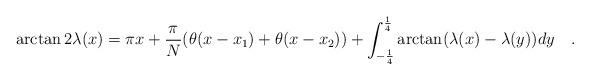
LaTeX: \begin{align*}\arctan 2\lambda(x)=\pi x+\frac{\pi}{N}(\theta(x-x_1)+\theta(x-x_2)) + \int_{-\frac{1}{4}}^{\frac{1}{4}}\arctan(\lambda(x)-\lambda(y)) dy\quad .\end{align*}